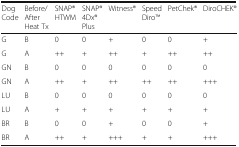
| DogCode | Before/ After Heat Tx | SNAP® HTWM | SNAP®4Dx® Plus | Witness® | Speed DiroTM | PetChek® | DiroCHEK® |
 | --- | --- | --- | --- | --- | --- | --- | --- |
 | G | B | 0 | 0 | + | 0 | 0 | + |
 | G | A | ++ | + | ++ | + | ++ | ++ |
 | GN | B | 0 | 0 | 0 | 0 | 0 | 0 |
 | GN | A | ++ | + | ++ | ++ | ++ | +++ |
 | LU | B | 0 | 0 | 0 | 0 | 0 | 0 |
 | LU | A | + | + | + | + | + | + |
 | BR | B | 0 | 0 | + | 0 | 0 | + |
 | BR | A | ++ | + | +++ | + | + | +++ |